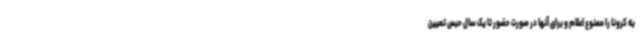
به کرونا را ممنوع اعلام و برای آنها در صورت حضور تا یک سال حبس تعیین